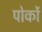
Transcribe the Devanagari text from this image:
पोर्को